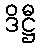
ဒိဋ္ဌီ